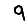
Digit: 9